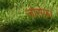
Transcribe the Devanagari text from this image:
जोसेफ।